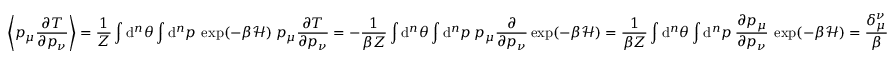
\left\langle p _ { \mu } \frac { \partial T } { \partial p _ { \nu } } \right\rangle = \frac { 1 } { Z } \int \mathrm { d } ^ { n } \theta \int \mathrm { d } ^ { n } p \: \exp ( - \beta \mathcal { H } ) \: p _ { \mu } \frac { \partial T } { \partial p _ { \nu } } = - \frac { 1 } { \beta Z } \int \mathrm { d } ^ { n } \theta \int \mathrm { d } ^ { n } p \: p _ { \mu } \frac { \partial } { \partial p _ { \nu } } \exp ( - \beta \mathcal { H } ) = \frac { 1 } { \beta Z } \int \mathrm { d } ^ { n } \theta \int \mathrm { d } ^ { n } p \: \frac { \partial p _ { \mu } } { \partial p _ { \nu } } \: \exp ( - \beta \mathcal { H } ) = \frac { \delta _ { \mu } ^ { \nu } } { \beta }